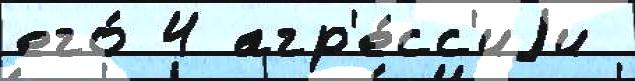
его́ 4 агр'е́сс'иjи